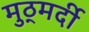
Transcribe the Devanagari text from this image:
मुठ्मर्दी